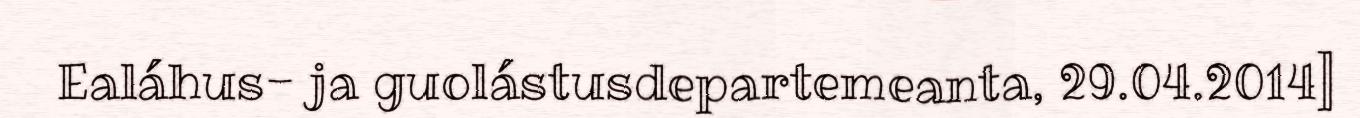
Ealáhus- ja guolástusdepartemeanta, 29.04.2014]